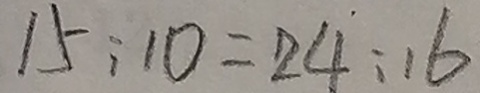
1 5 ; 1 0 = 2 \dot { 4 } : 1 6